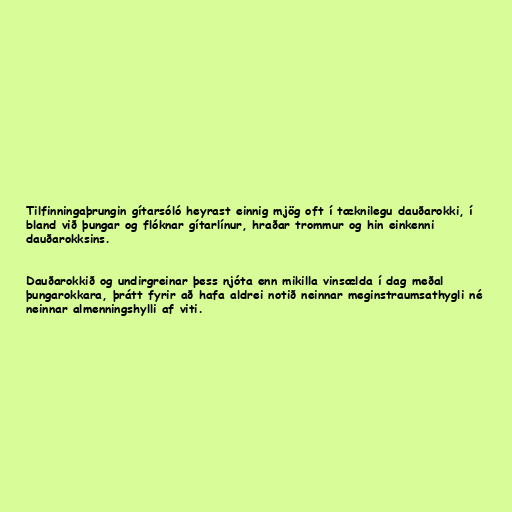
Tilfinningaþrungin gítarsóló heyrast einnig mjög oft í tæknilegu dauðarokki, í
bland við þungar og flóknar gítarlínur, hraðar trommur og hin einkenni
dauðarokksins.

Dauðarokkið og undirgreinar þess njóta enn mikilla vinsælda í dag meðal
þungarokkara, þrátt fyrir að hafa aldrei notið neinnar meginstraumsathygli né
neinnar almenningshylli af viti.